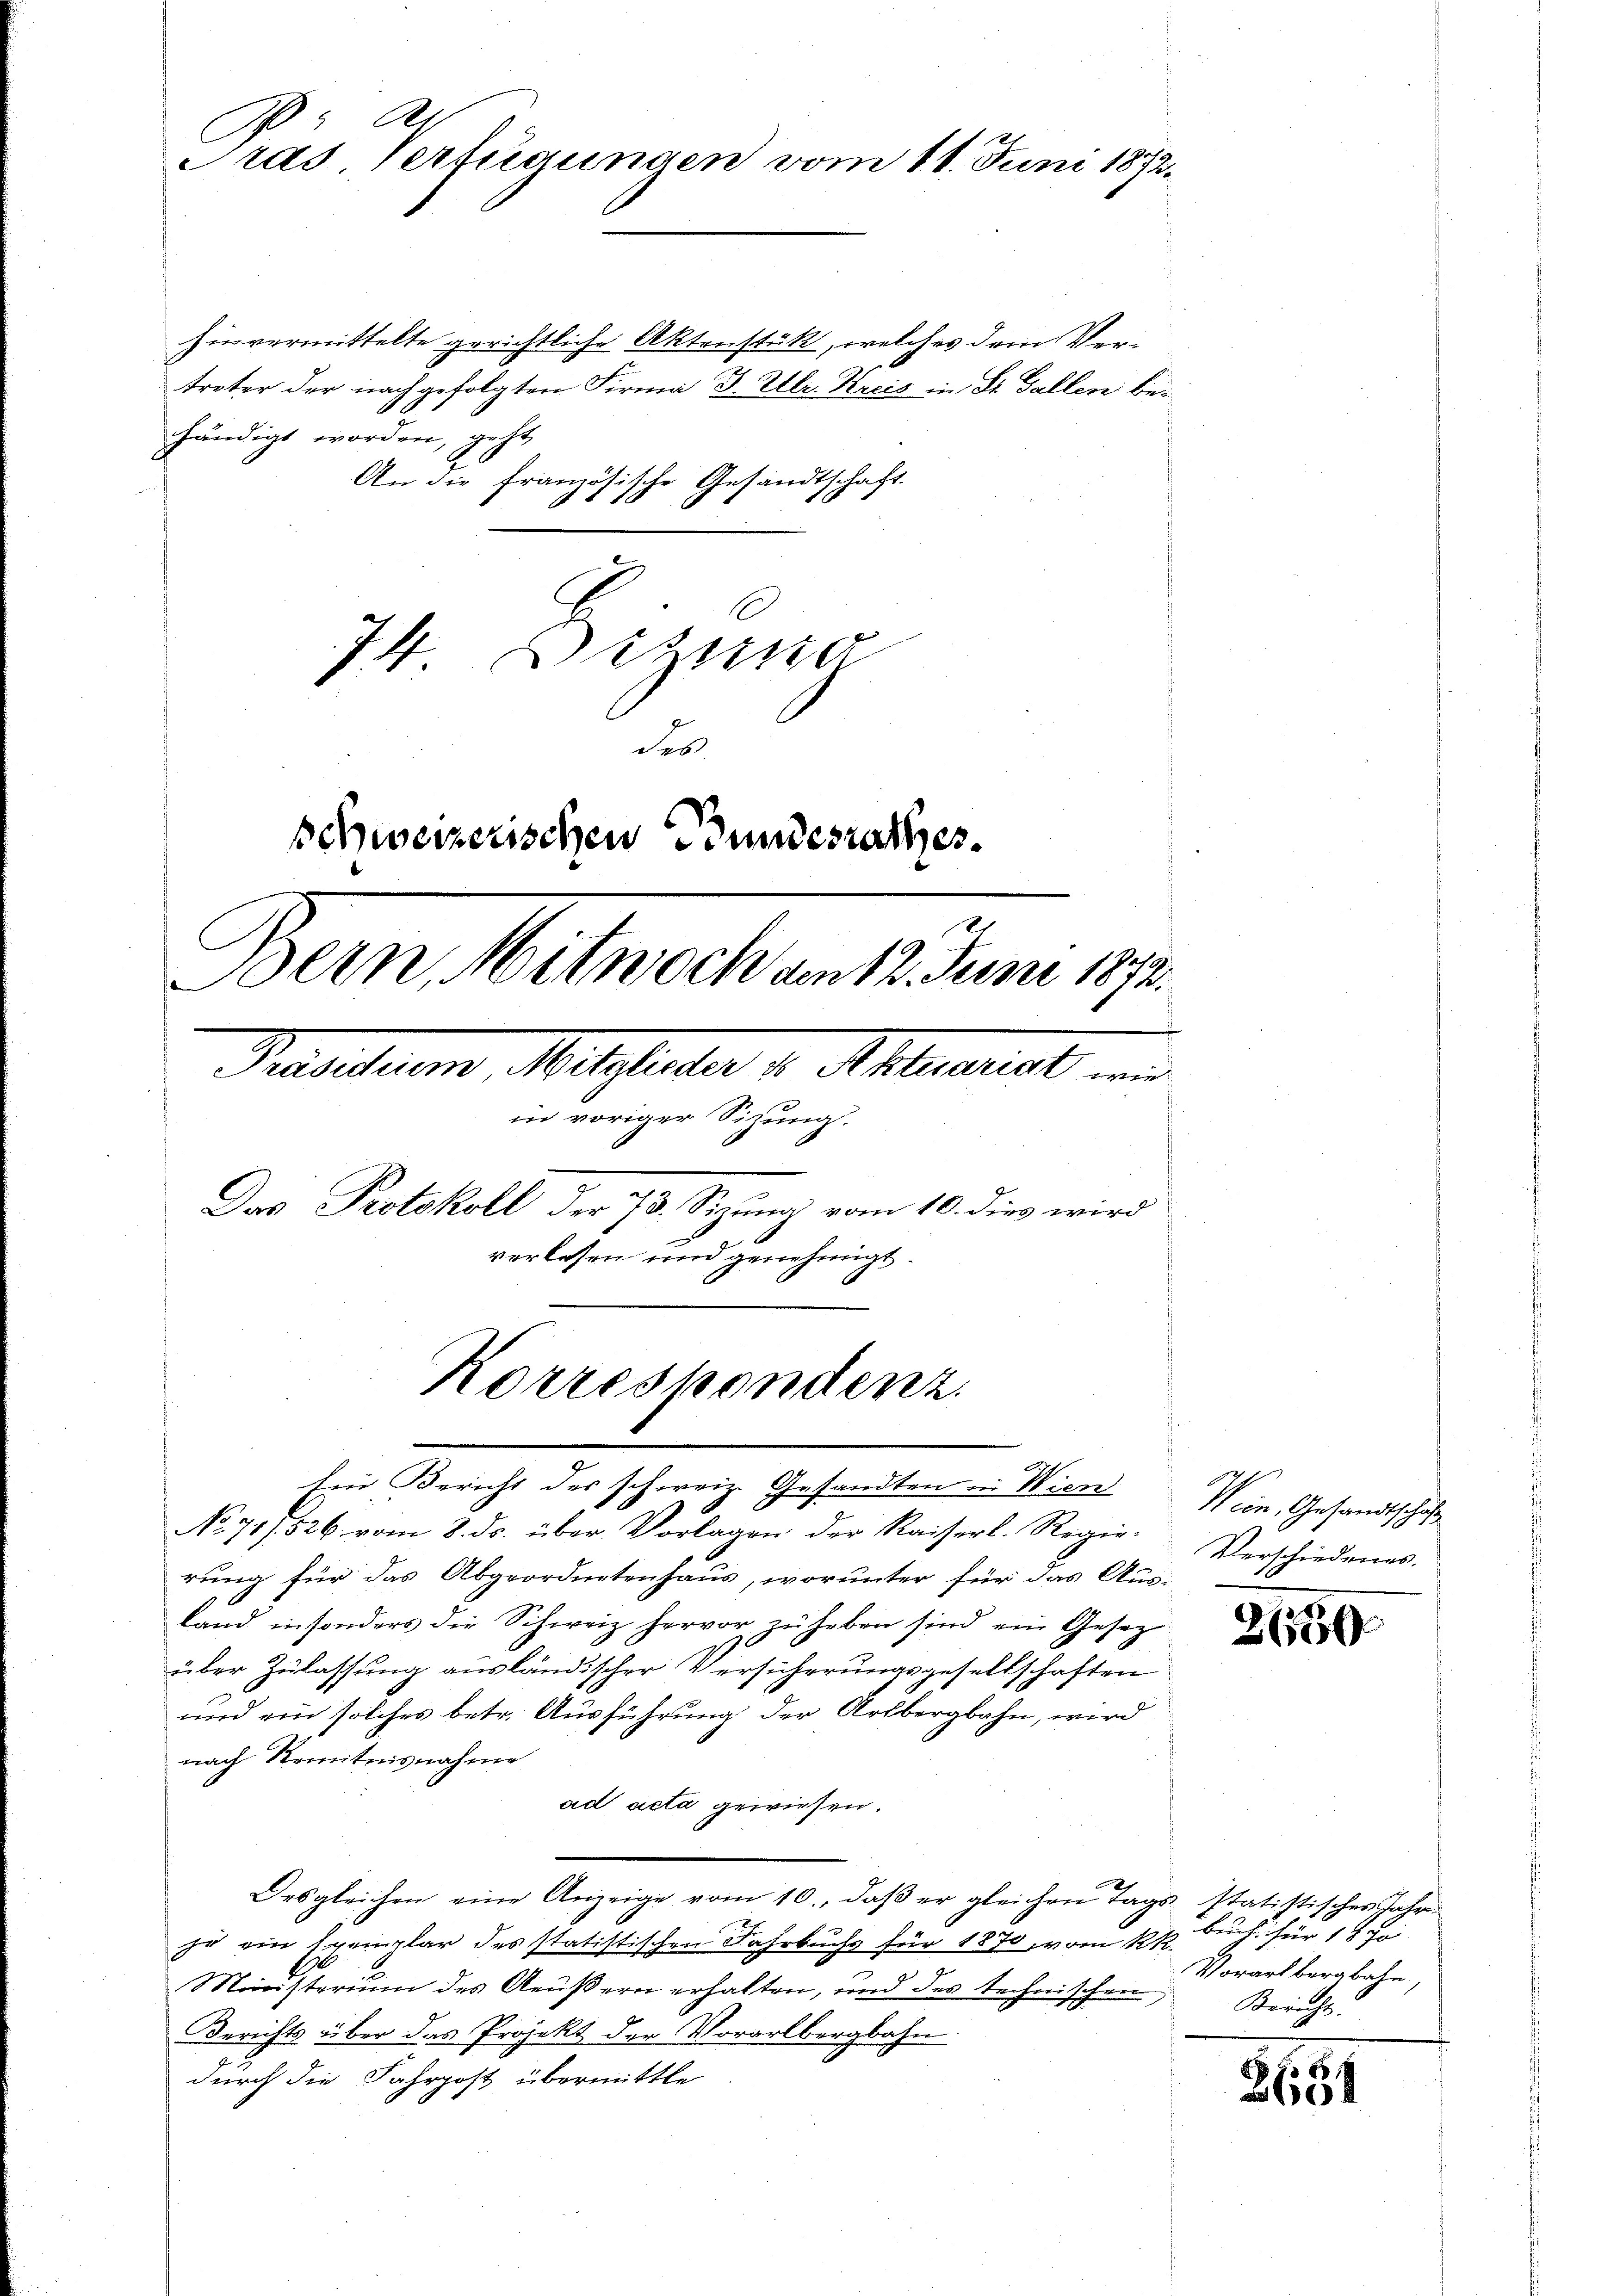
.
Pras Verfügungen vom 11. Juni 1872.

hinvermittelte gerichtliche Aktenstük, welches dem Vertreter der nachgefolgten Firma J. Ulr. Kreis in St. Gallen behändigt worden, geht
An die französische Gesandtschaft.
74 Dizina
des
schweizerischen Bundesrathes.
Bern, Mitwoch am 12. Juni 1873.

Passum Mitglieder v. Allerschaf
in voriger Sitzung.
Das Protokoll der 73. Sizung vom 10. dies wird
verlesen und genehmigt.
Korrespondenz.

Ein Bericht der schweiz. Gesandten in Wien

No 71. 526. vom 8. ds. über Vorlagen der Kaiserl. Regierung für das Abgeordnetenhaus, worunter für das Aus-
land in sonders die Schweiz hervor zŭ heben sind ein Gesez
über Zulassung ausländischer Versicherungsgesellschaften
und ein solches betr. Ausführung der Artbergbahn, wird
nach Kenntnisnahme
ad acta gewiesen.
Desgleichen eine Anzeige vom 10. daβ er gleichen Tags statistisches Jahr
zu ein Exemplar des statistischen Fahrbuchs für 1870, vom 12 t. Auch für 18 Jo
Ministerium des Aeŭβern erhalten, und des technischen Bericht.
Berichts über das Projekt der Vorarlbergbahn.
durch die Fahrpost übermittle

Wein, Gesandtschaft
Verschiedenes.

2

Vorarlbergbahn,

2651